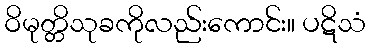
ဝိမုတ္တိသုခကိုလည်းကောင်း။ ပဋိသံ